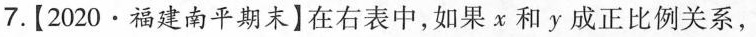
7.【2020 · 福建南平期末】在右表中，如果χ和y成正比例关系，